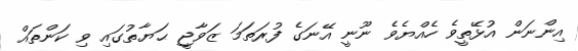
އިންނަން އުޅޭތީވެ ހެއްޔެވެ ނޫނީ އޭނަގެ ފުރަތަމަ ޒަވާޖީ ޙަޔާތުގައި ވި ކަންތައް